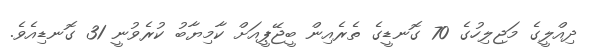
ދިއްލީގެ މަޖިލިހުގެ 70 ގޮނޑީގެ ތެރެއިން ބީޖޭޕީއަށް ކާމިޔާބު ކުރެވުނީ 31 ގޮނޑިއެވެ.